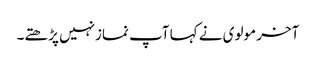
آخر مولوی نے کہا آپ نمازنہیں پڑھتے۔